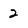
Character: 2